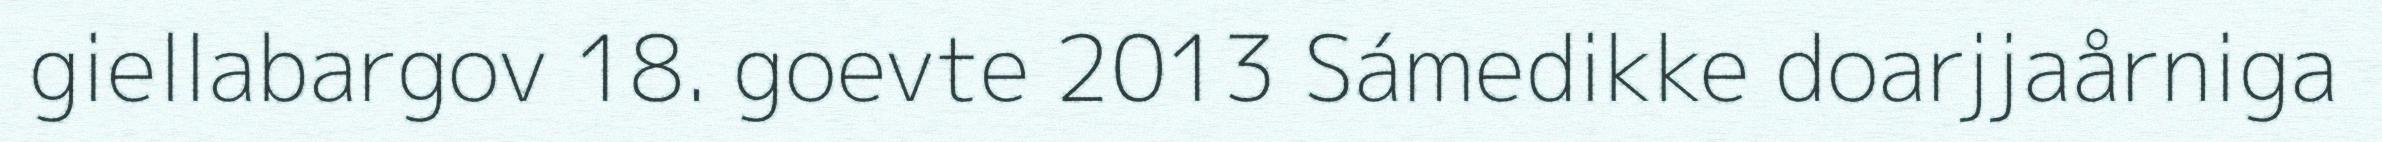
giellabargov 18. goevte 2013 Sámedikke doarjjaårniga